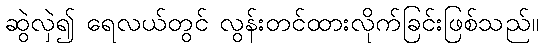
ဆွဲလှဲ၍ ရေလယ်တွင် လွန်းတင်ထားလိုက်ခြင်းဖြစ်သည်။